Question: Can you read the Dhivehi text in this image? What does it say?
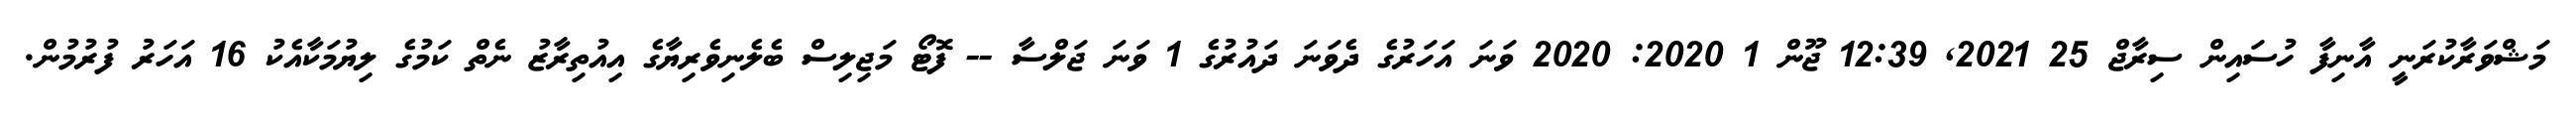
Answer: މަޝްވަރާކުރަނީ އާނިފާ ހުސައިން ސިރާޖް 25 2021, 12:39 ޖޫން 1 2020: 2020 ވަނަ އަހަރުގެ ދެވަނަ ދައުރުގެ 1 ވަނަ ޖަލްސާ -- ފޮޓޯ މަޖިލިސް ބެލެނިވެރިޔާގެ އިއުތިރާޒު ނެތް ކަމުގެ ލިޔުމަކާއެކު 16 އަހަރު ފުރުމުން.